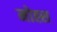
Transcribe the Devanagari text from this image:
मोह्स